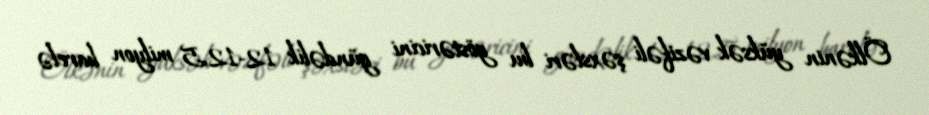
Ölkənin yüksək vəzifəli şəxsləri bu göstəricini gündəlik 12-12,5 milyon barelə